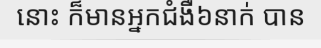
នោះ ក៏មានអ្នកជំងឺ៦នាក់ បាន